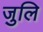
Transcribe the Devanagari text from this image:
जुलि